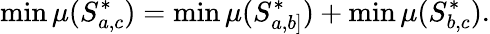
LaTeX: \operatorname*{min}\mu(S_{a,c}^{*})=\operatorname*{min}\mu(S_{a,b]}^{*})+\operatorname*{min}\mu(S_{b,c}^{*}).